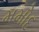
મમોદ